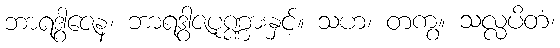
ဘာရဒွါဇေန၊ ဘာရဒွါဇပုဏ္ဏားနှင့်။ သဟ၊ တကွ။ သလ္လပိတံ၊